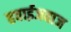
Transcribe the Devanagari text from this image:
हवाईजवाज